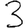
Digit: 3